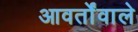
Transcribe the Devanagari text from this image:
आवर्तोंवाले